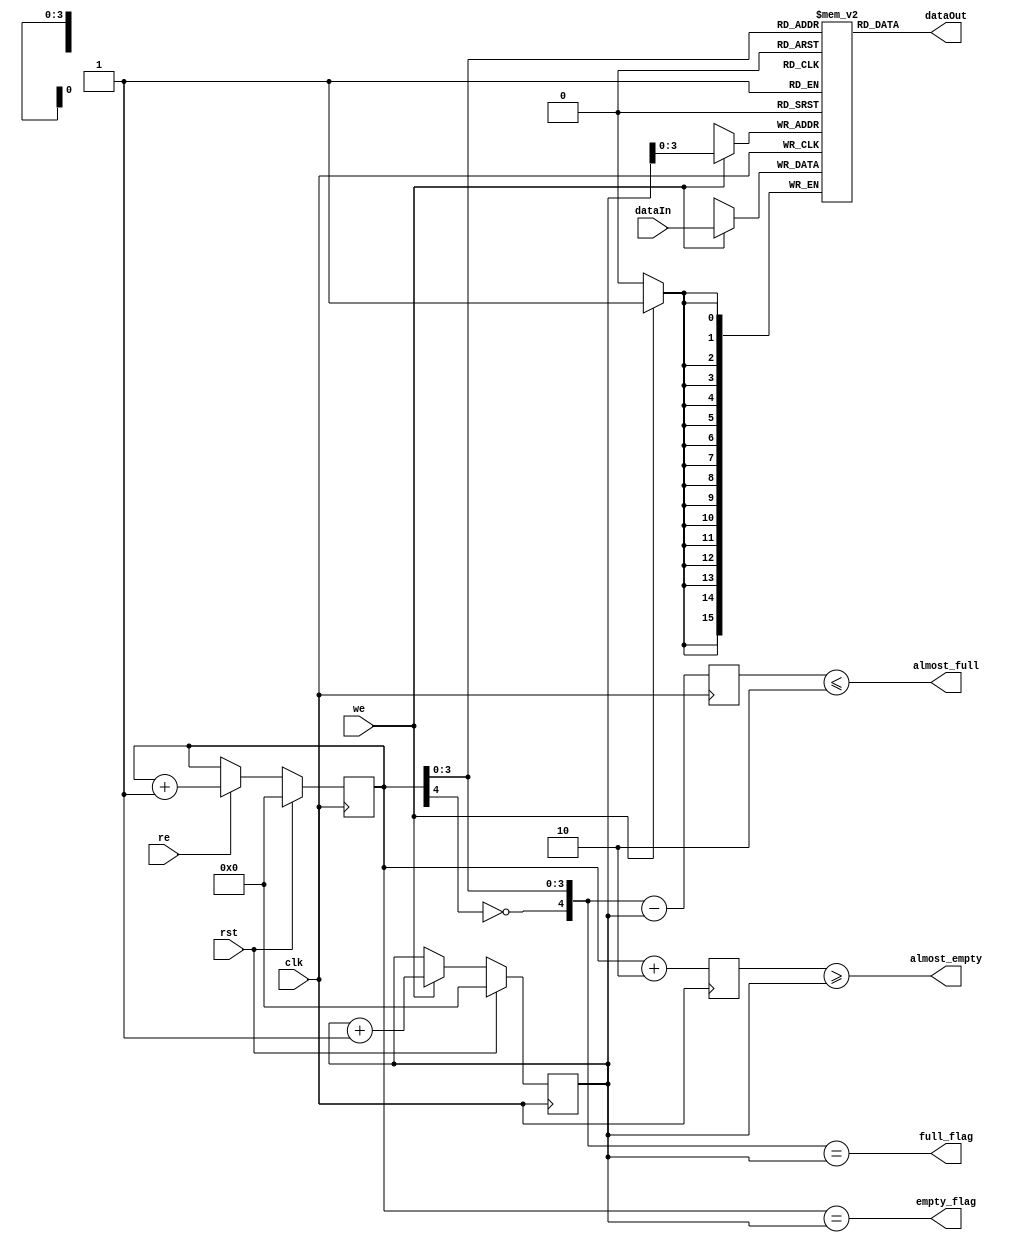
`default_nettype none
module fifo #(
    parameter WIDTH = 16,
    parameter DEPTH = 16,
    parameter A_EMPTY = 2,
    parameter A_FULL  = 2
)
(
    input   wire                clk,
    input   wire                rst,
    input   wire                re,         // Read Enable
    input   wire                we,         // Write Enable
    input   wire [WIDTH-1:0]    dataIn,
    output  wire [WIDTH-1:0]    dataOut,
    output  wire                full_flag,
    output  wire                almost_full,
    output  wire                empty_flag,
    output  wire                almost_empty
);

    localparam aw = $clog2(DEPTH);    // address WIDTH
    reg     [aw:0]  front   = 0;      // use extra bit in address to test for empty or full
    reg     [aw:0]  back    = 0;

    assign empty_flag   = front == back;
    assign full_flag    = {~front[aw], front[aw-1:0]} == back;

    reg     [aw:0] r_almost_empty = 0;
    always @( posedge clk ) r_almost_empty <= front + A_EMPTY[0+:aw];
    assign almost_empty = r_almost_empty >= back;

    reg     [aw:0] r_almost_full = 0;
    always @( posedge clk ) r_almost_full <= {~front[aw], front[aw-1:0]} - back;
    assign almost_full  = r_almost_full <= A_FULL;

    wire    buffer_we;
    assign  buffer_we = we;// && !full_flag;
    // ssram16dp_array #( .width( WIDTH ), .depth( DEPTH ) ) 
    //     buffer( .clk(       clk ), 
    //             .we(        buffer_we ),
    //             .raddress(  front[aw-1:0]),
    //             .waddress(  back [aw-1:0]),
    //             .dataIn(    dataIn),
    //             .dataOut(   dataOut)
    //             );
    reg [WIDTH-1:0] buffer [DEPTH-1:0]/* synthesis syn_ramstyle = "distributed_ram" */;
    
    always @( posedge clk ) begin
        if( buffer_we )
            buffer[back[aw-1:0]] <= dataIn;
    end
    assign dataOut = buffer[front[aw-1:0]];
    `ifdef TEST_BENCH_RUNNING
        reg [WIDTH-1:0] last_data_written;
        always @( posedge clk ) begin
            if( !rst ) begin
                if( buffer_we )
                    last_data_written <= dataIn;
            end
        end
    `endif

    always @( posedge clk ) begin
        if( rst ) begin
            back    <= 0;
            front   <= 0;
        end else begin
            if( buffer_we ) begin
                back <= back + 1'b1;
            end
            if( re ) begin // && !empty_flag) begin
                front <= front + 1'b1;
            end
        end
    end

    `ifdef FORMAL
        reg past_valid = 0;
        always @( posedge clk ) past_valid <= 1'b1;
        always @( posedge clk ) assume( rst == !past_valid );

        // How much is in the fifo
        wire [aw:0] addr_diff;
        assign addr_diff = DEPTH - ({~front[aw], front[aw-1:0]} - back);
        
        always @( posedge clk ) overflow:   assert( addr_diff <= DEPTH );                           // check overflow
        always @( posedge clk ) empty:      assert( rst || ((addr_diff == 0) == empty_flag) );      // check empty
        always @( posedge clk ) full:       assert( rst || ((addr_diff == DEPTH)   == full_flag) ); // check full
        always @( posedge clk ) al_empty:   assert( rst || ((addr_diff <= A_EMPTY) == almost_empty) ); // check almost empty
        always @( posedge clk ) al_full:    assert( rst || ((addr_diff >= (DEPTH - A_FULL) ) == almost_full ) ); // check almost full

        // check read/write pointer changes        
        always @( posedge clk ) begin
            if( !rst ) begin
                if( past_valid ) begin
                    assert(  
                        ($past(front) == front) ||      // Value has not changed
                        ($past(front) + 1'b1 == front)  // Value has incremented
                    );
                    assert(  
                        ($past(back) == back) ||        // Value has not changed
                        ($past(back) + 1'b1 == back)    // Value has incremented
                    );
                end
            end
        end
    `endif

endmodule